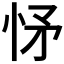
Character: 𢘕